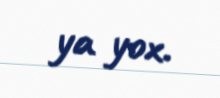
ya yox.